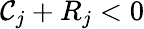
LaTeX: \mathcal{C}_{j}+R_{j}<0